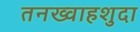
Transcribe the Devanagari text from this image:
तनख्वाहशुदा